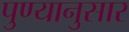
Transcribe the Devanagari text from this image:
पुण्यानुसार